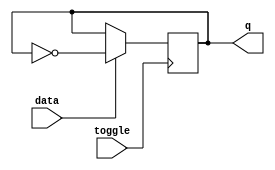
module t_latch (
    input wire toggle,
    input wire data,
    output reg q
);

always @(posedge toggle) begin
    if (data) begin
        q <= ~q;
    end
end

endmodule